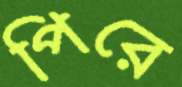
পিরে